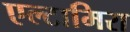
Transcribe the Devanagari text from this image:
एल्टामिरा